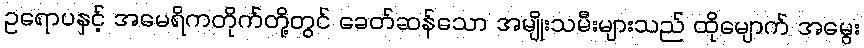
ဥရောပနှင့် အမေရိကတိုက်တို့တွင် ခေတ်ဆန်သော အမျိုးသမီးများသည် ထိုမျောက် အမွေး